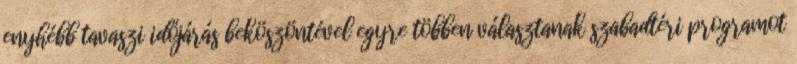
enyhébb tavaszi időjárás beköszöntével egyre többen választanak szabadtéri programot